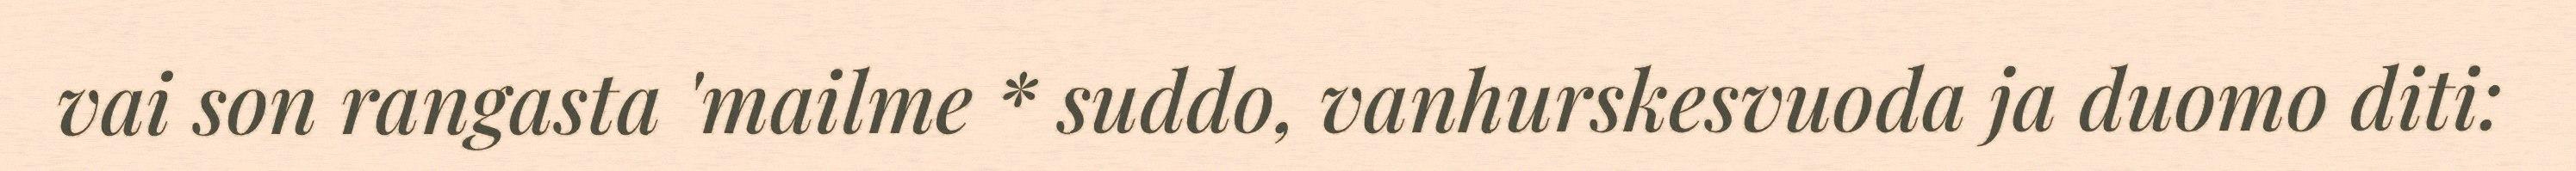
vai son rangasta 'mailme * suddo, vanhurskesvuoda ja duomo diti: